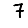
Digit: 7